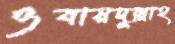
ওবায়দুল্লাহ